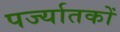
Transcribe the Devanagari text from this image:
पर्ज्यातकों